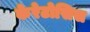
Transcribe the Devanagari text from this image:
केरेटोसिस